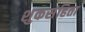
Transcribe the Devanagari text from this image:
शुकसंहिता